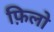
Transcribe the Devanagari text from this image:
फ़िलो